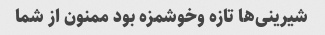
شیرینی‌ها تازه وخوشمزه بود ممنون از شما